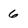
Character: 6